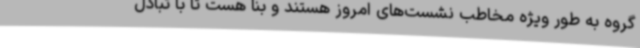
گروه به طور ویژه مخاطب نشست‌های امروز هستند و بنا هست تا با تبادل